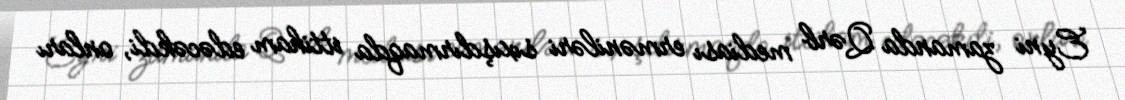
Eyni zamanda Qərb mediası erməniləri sıxışdırmaqda ittiham edəcəkdi, onları